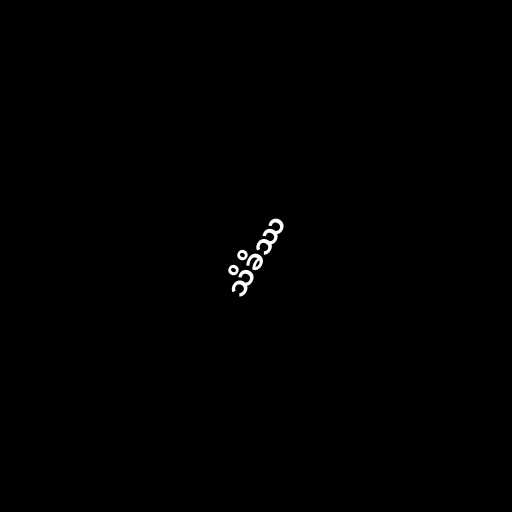
သိခိဿ